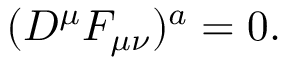
( D ^ { \mu } F _ { \mu \nu } ) ^ { a } = 0 .